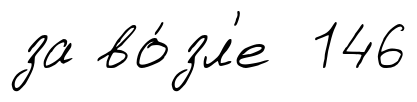
за во́зл'е 146